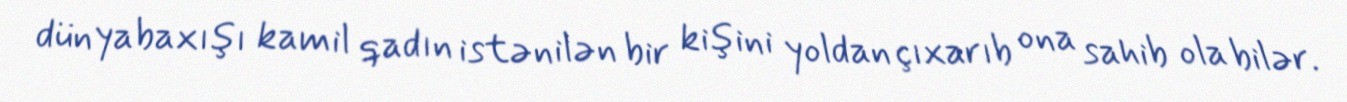
dünyabaxışı kamil qadın istənilən bir kişini yoldan çıxarıb ona sahib ola bilər.